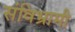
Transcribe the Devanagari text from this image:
संविभ्रामी